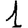
Digit: 1